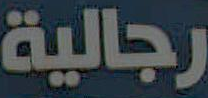
رجالية